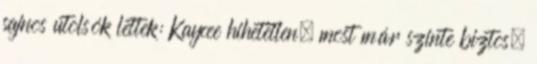
sajnos utolsók lettek: Kaycee hihetetlen, most már szinte biztos,